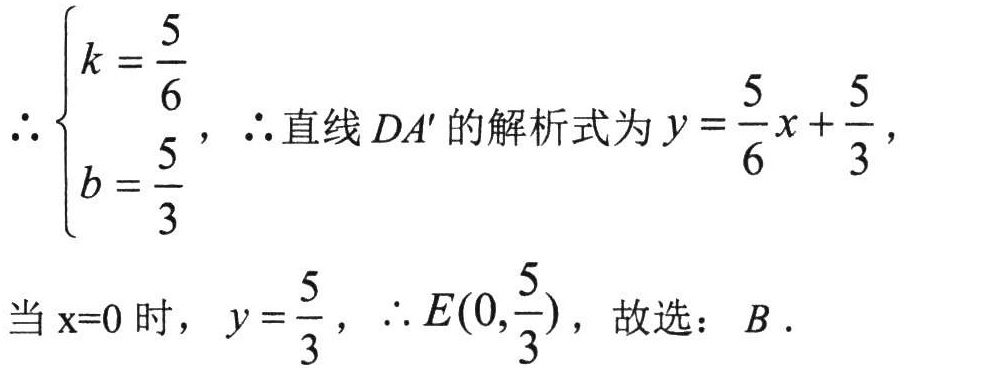
\(\begin{cases}k = \dfrac{5}{6} \\ b=\dfrac{5}{3}\end{cases}\)，\(\therefore\)直线 \(DA'\) 的解析式为 \(y = \dfrac{5}{6}x+\dfrac{5}{3}\)，

当 \(\mathrm{x}=0\) 时，\(y = \dfrac{5}{3}\)，\(\therefore E\left(0,\dfrac{5}{3}\right)\)，故选：\(B\)．